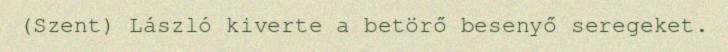
(Szent) László kiverte a betörő besenyő seregeket.